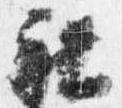
社